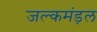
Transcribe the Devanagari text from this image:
जल्कमंड़ल